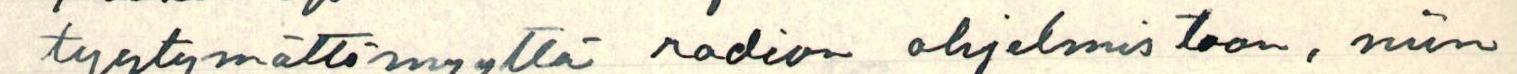
tyytymättömyyttä radion ohjelmistoon, niin